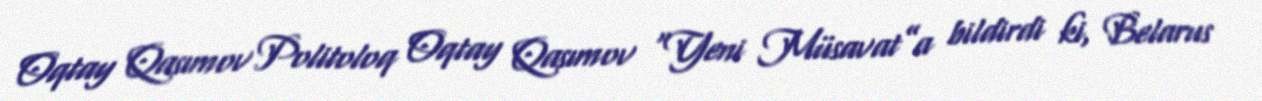
Oqtay Qasımov Politoloq Oqtay Qasımov “Yeni Müsavat”a bildirdi ki, Belarus